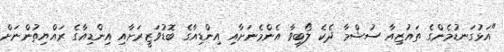
"އަޅުގަނޑުމެންގެ ތައުޒިއާ ސުޝްމާ ދެކެ ލޯބިވާ އެންމެނަށާއި އިންޑިއާގެ ބޮޑުވަޒީރަށާއި އިންޑިއާގެ ރައްޔިތުންނަށް